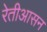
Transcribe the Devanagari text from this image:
रेतीआसन